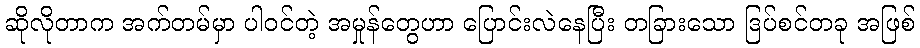
ဆိုလိုတာက အက်တမ်မှာ ပါဝင်တဲ့ အမှုန်တွေဟာ ပြောင်းလဲနေပြီး တခြားသော ဒြပ်စင်တခု အဖြစ်